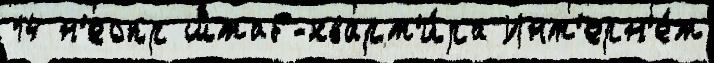
14 н'еопр штаб-кварт'и́ра Инт'ерн'е́т